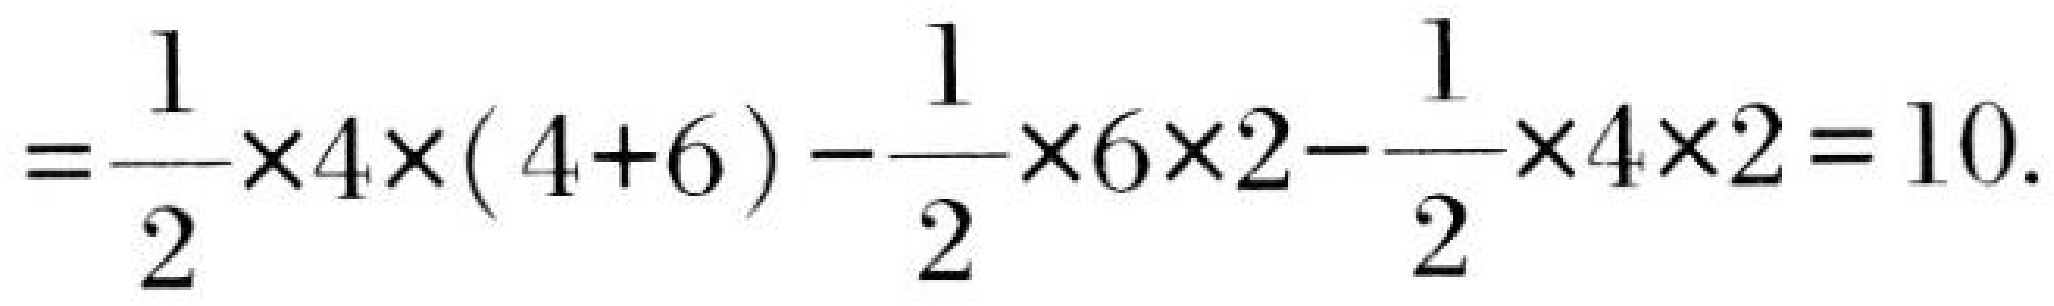
\(=\frac{1}{2}\times4\times(4 + 6)-\frac{1}{2}\times6\times2-\frac{1}{2}\times4\times2 = 10\).